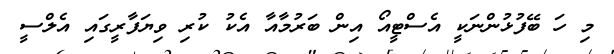
މި ހަ ބޭފުޅުންނަކީ އެސްޓީއޯ އިން ބަރުމާއާ އެކު ކުރި ވިޔަފާރީގައި އެލްސީ